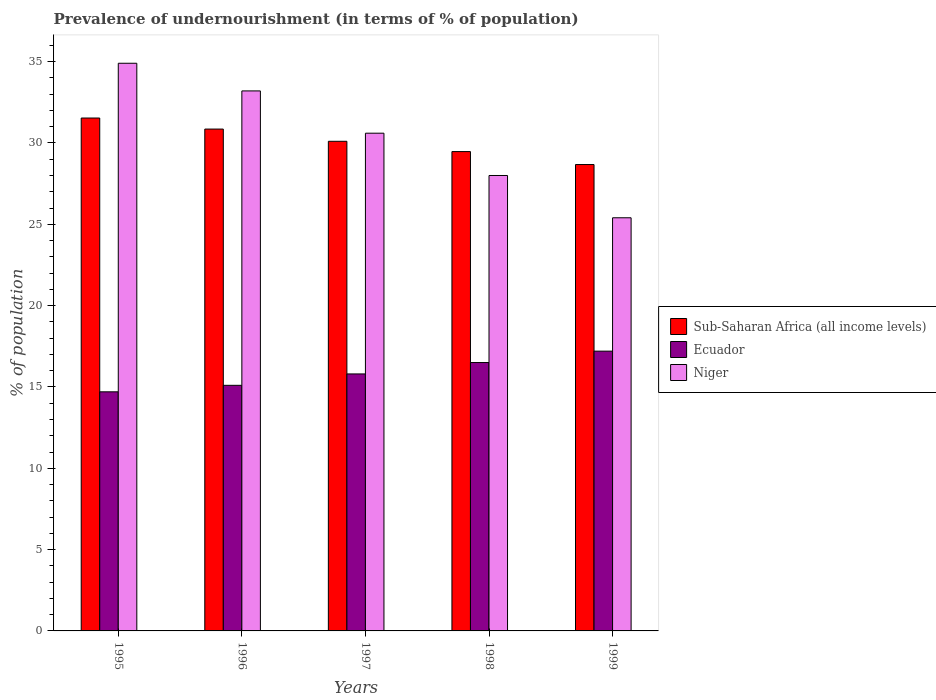
| Years | Sub-Saharan Africa (all income levels) | Ecuador | Niger |
 | --- | --- | --- | --- |
 | 1995 | 31.5 | 14.7 | 34.9 |
 | 1996 | 30.9 | 15.1 | 33.2 |
 | 1997 | 30.1 | 15.8 | 30.6 |
 | 1998 | 29.5 | 16.5 | 28 |
 | 1999 | 28.7 | 17.2 | 25.4 |